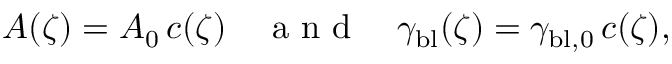
A ( \zeta ) = A _ { 0 } \, c ( \zeta ) \quad \mathrm { ~ a ~ n ~ d ~ } \quad \gamma _ { \mathrm { b l } } ( \zeta ) = \gamma _ { \mathrm { b l , 0 } } \, c ( \zeta ) ,